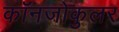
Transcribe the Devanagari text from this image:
कॉनजोकुलर